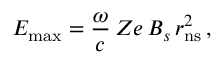
E _ { \mathrm { m a x } } = \frac { \omega } { c } \, Z e \, B _ { s } \, r _ { \mathrm { n s } } ^ { 2 } \, ,